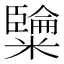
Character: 𥽐